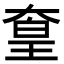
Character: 𡙙